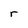
Character: r